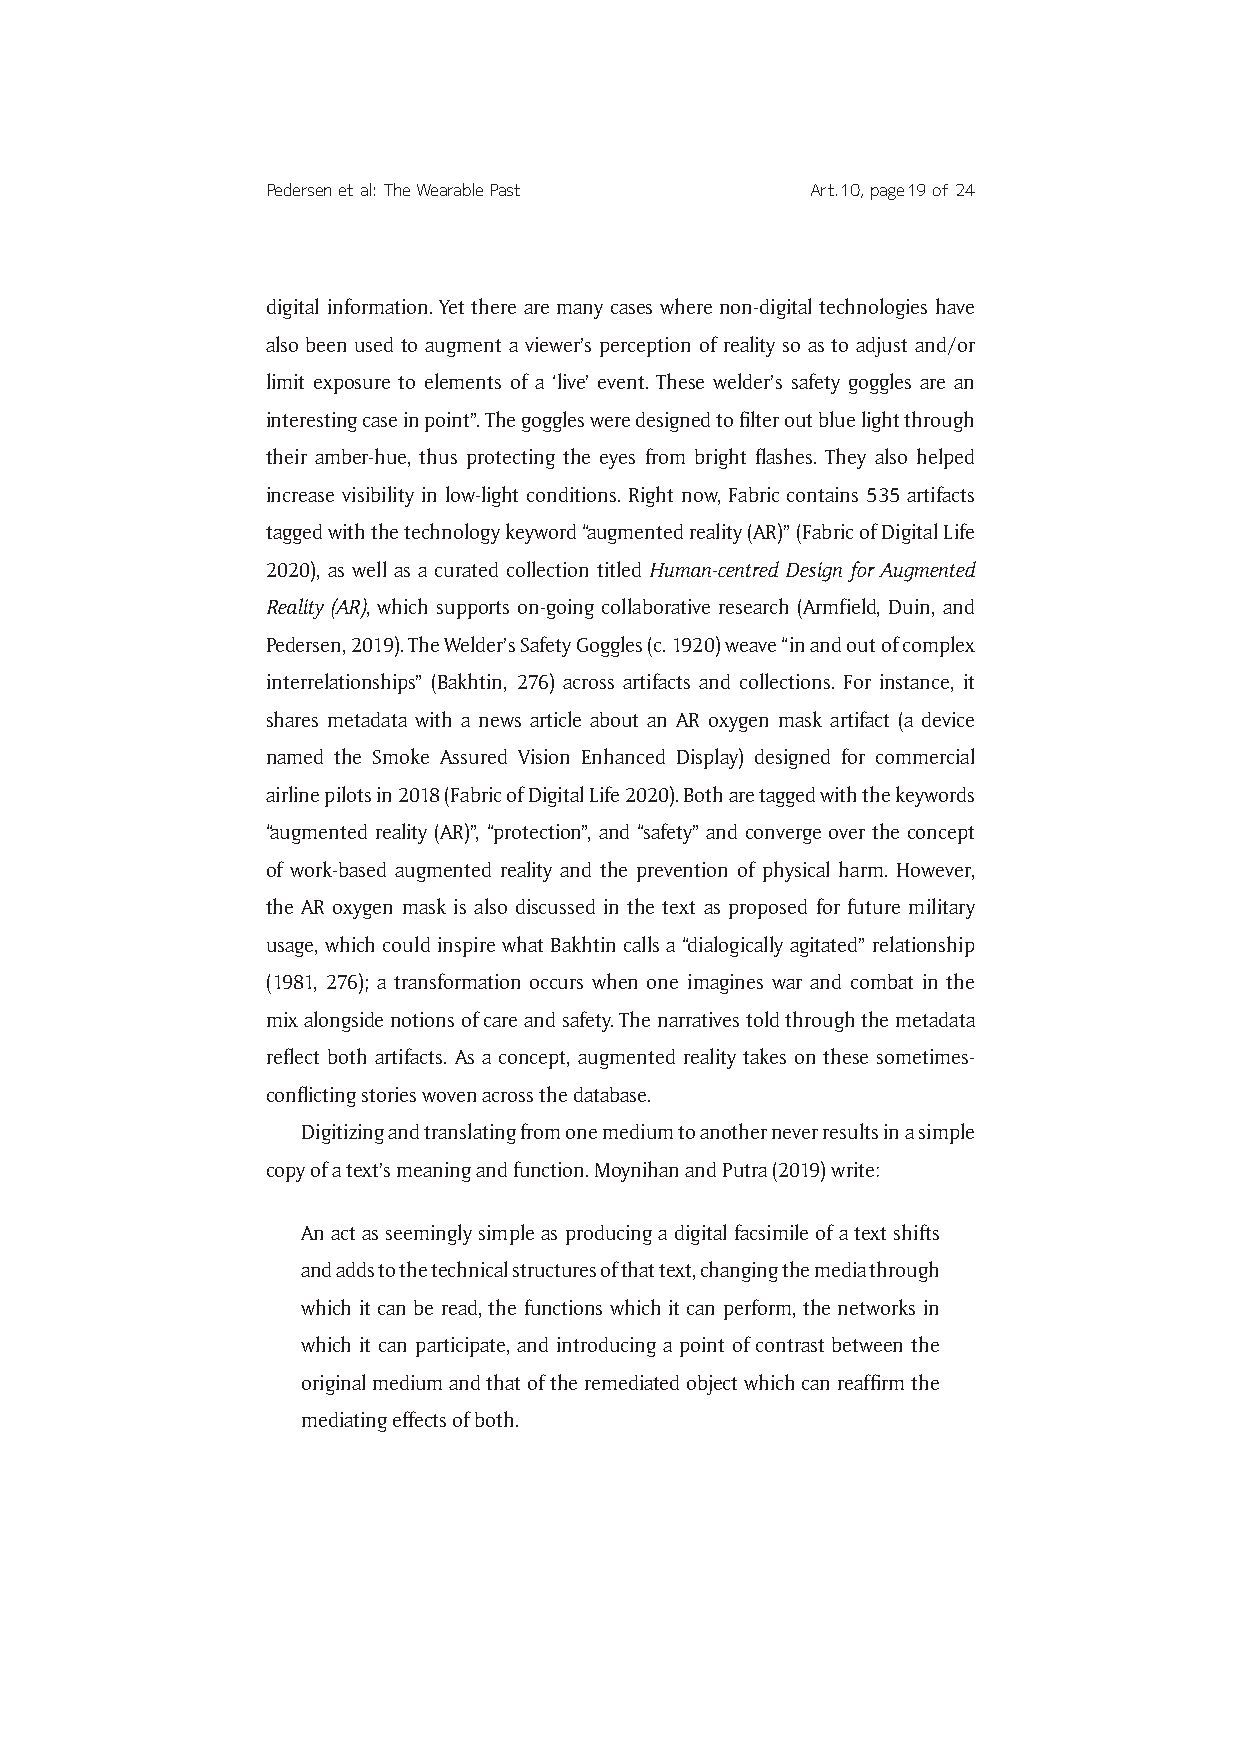
Pedersen et al: The Wearable Past   Art. 10, page 19 of 24
 digital information. Yet there are many cases where non-digital technologies have
 also been used to augment a viewer’s perception of reality so as to adjust and/or
 limit exposure to elements of a ‘live’ event. These welder’s safety goggles are an
 interesting case in point”. The goggles were designed to filter out blue light through
 their amber-hue, thus protecting the eyes from bright flashes. They also helped
 increase visibility in low-light conditions. Right now, Fabric contains 535 artifacts
 tagged with the technology keyword “augmented reality (AR)” (Fabric of Digital Life
 2020), as well as a curated collection titled Human-centred Design for Augmented
 Reality (AR), which supports on-going collaborative research (Armfield, Duin, and
 Pedersen, 2019). The Welder’s Safety Goggles (c. 1920) weave “in and out of complex
 interrelationships” (Bakhtin, 276) across artifacts and collections. For instance, it
 shares metadata with a news article about an AR oxygen mask artifact (a device
 named the Smoke Assured Vision Enhanced Display) designed for commercial
 airline pilots in 2018 (Fabric of Digital Life 2020). Both are tagged with the keywords
 “augmented reality (AR)”, “protection”, and “safety” and converge over the concept
 of work-based augmented reality and the prevention of physical harm. However,
 the AR oxygen mask is also discussed in the text as proposed for future military
 usage, which could inspire what Bakhtin calls a “dialogically agitated” relationship
 (1981, 276); a transformation occurs when one imagines war and combat in the
 mix alongside notions of care and safety. The narratives told through the metadata
 reflect both artifacts. As a concept, augmented reality takes on these sometimes-
 conflicting stories woven across the database.
 Digitizing and translating from one medium to another never results in a simple
 copy of a text’s meaning and function. Moynihan and Putra (2019) write:
 An act as seemingly simple as producing a digital facsimile of a text shifts
 and adds to the technical structures of that text, changing the media through
 which it can be read, the functions which it can perform, the networks in
 which it can participate, and introducing a point of contrast between the
 original medium and that of the remediated object which can reaffirm the
 mediating effects of both.